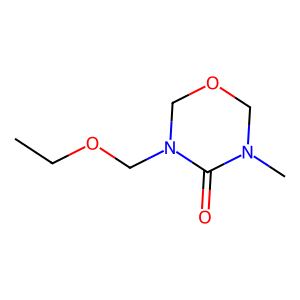
SMILES: CCOCN1COCN(C)C1=O
Inhibits HIV replication: No